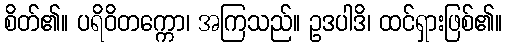
စိတ်၏။ ပရိဝိတက္ကော၊ အကြသည်။ ဥဒပါဒိ၊ ထင်ရှားဖြစ်၏။